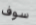
سوف